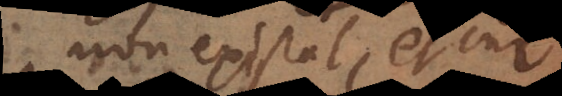
n existat et cur